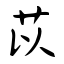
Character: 苡